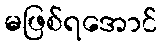
မဖြစ်ရအောင်